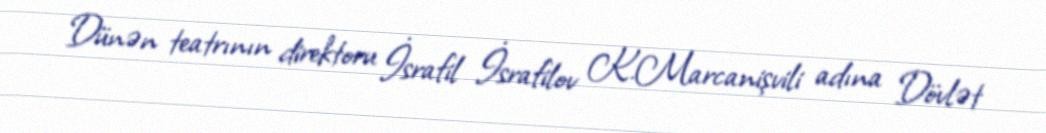
Dünən teatrının direktoru İsrafil İsrafilov K.Marcanişvili adına Dövlət